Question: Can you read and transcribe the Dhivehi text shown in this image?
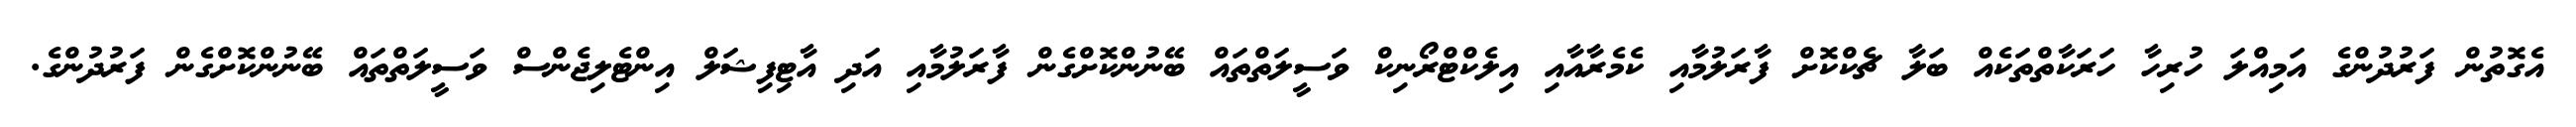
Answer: އެގޮތުން ފަރުދުންގެ އަމިއްލަ ހުރިހާ ހަރަކާތްތަކެއް ބަލާ ޗެކްކޮށް ފާރަލުމާއި ކެމެރާއާއި އިލެކްޓްރޯނިކް ވަސީލަތްތައް ބޭނުންކޮށްގެން ފާރަލުމާއި އަދި އާޓިފިޝަލް އިންޓެލިޖެންސް ވަސީލަތްތައް ބޭނުންކޮށްގެން ފަރުދުންގެ.